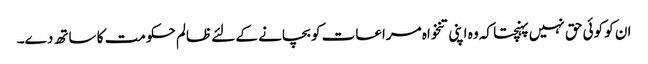
ان کو کوئی حق نہیں پہنچتا کہ وہ اپنی تنخواہ مراعات کو بچانے کے لئے ظالم حکومت کا ساتھ دے۔